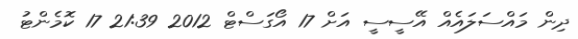
ދިން މައްސަލައެއް އޭސީސީ އަށް 17 އޯގަސްޓް 2012 21:39 17 ކޮމެންޓު